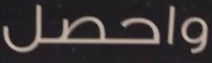
واحصل